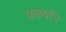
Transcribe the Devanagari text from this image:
प्रकर्षांने